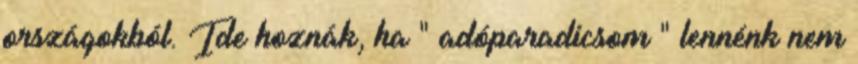
országokból. Ide hoznák, ha " adóparadicsom " lennénk nem